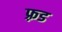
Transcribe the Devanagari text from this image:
फ़्रड